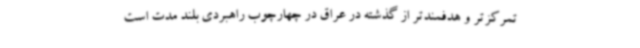
تمرکزتر و هدفمندتر از گذشته در عراق در چهارچوب راهبردی بلند مدت است